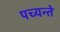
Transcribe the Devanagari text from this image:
पच्यन्ते